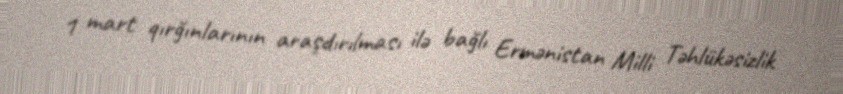
1 mart qırğınlarının araşdırılması ilə bağlı Ermənistan Milli Təhlükəsizlik